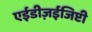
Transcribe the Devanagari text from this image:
एईडीज़ईजिप्टी